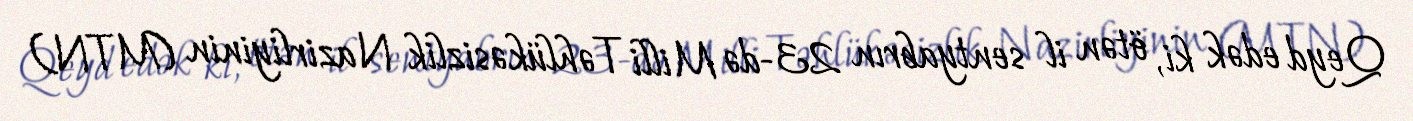
Qeyd edək ki, ötən il sentyabrın 23-də Milli Təhlükəsizlik Nazirliyinin (MTN)